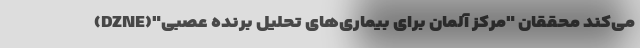
می‌کند محققان "مرکز آلمان برای بیماری‌های تحلیل برنده عصبی"(DZNE)